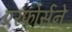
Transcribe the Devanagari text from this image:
एरफोर्सने